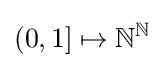
(0,1]\mapsto \mathbb {N} ^{\mathbb {N} }